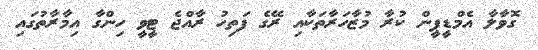
ގޮވާލާ އެމްޑީޕީން ކުރާ މުޒާހަރާތަކާއި ރޭގެ ފަތިހު ރާއްޖެ ޓީވީ ހިންގާ އިމާރާތުގައި